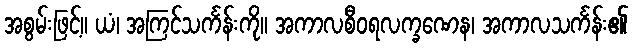
အစွမ်းဖြင့်။ ယံ၊ အကြင်သင်္ကန်းကို။ အကာလစီဝရလက္ခဏေန၊ အကာလသင်္ကန်း၏